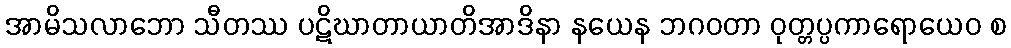
အာမိသလာဘော သီတဿ ပဋိဃာတာယာတိအာဒိနာ နယေန ဘဂဝတာ ဝုတ္တပ္ပကာရောယေဝ စ